Report on sanitation, dispensaries, and jails in Rajputana for 1911, and on vaccination for the year 1911-1912 - 1911-1912
Year: 1911
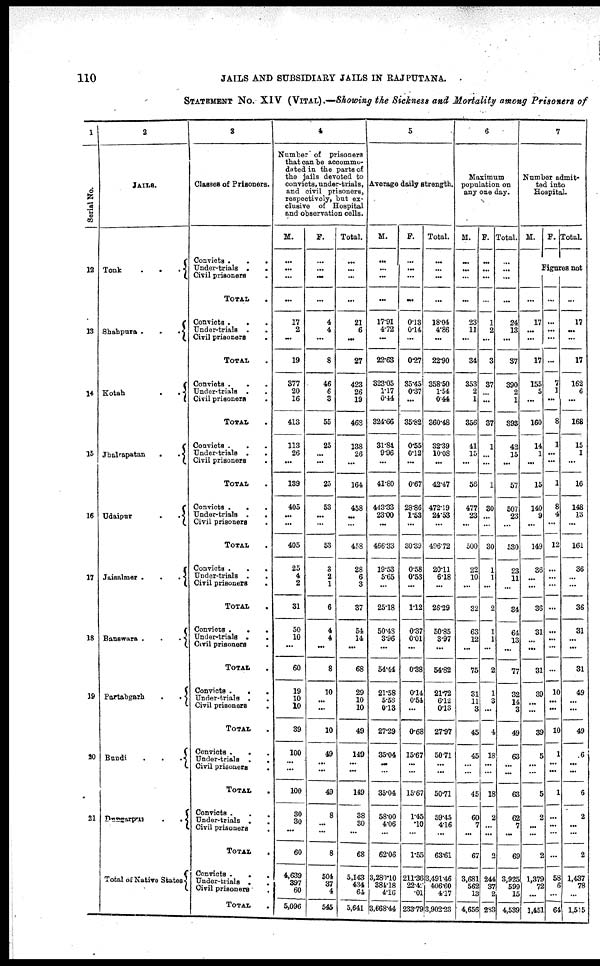
110
JAILS AND SUBSIDIARY JAILS IN RAJPUTANA.
STATEMENT No. XIV (VITAL) .—Showing the Sickness and Mortality among Prisoners of
1
Serial No.
12
13
14
15
16
17
18
19
20
21
2
JAILS.
Tonk
.
.
.
Shahpura .
.
.
Kotah
.
.
Jhalrapatan
.
.
Udaipur
.
.
Jaisalmer .
.
.
Banswara .
.
.
Partabgarh
.
.
Bundi
.
.
.
Dungarpur
.
.
Total of Native States
3
Classes of Prisoners.
Convicts .
.
.
Under-trials .
.
Civil prisoners .
TOTAL .
Convicts .
.
Under-trials .
.
Civil priaoners
.
TOTAL .
Convicts .
.
Under-trials . .
Civil prisoners .
TOTAL .
Convicts .
.
Under-trials .
.
Civil prisoners.
TOTAL .
Convicts . . .
Under-trials . .
Civil prisoners .
TOTAL .
Convicts . . .
Under-trials .
.
Civil prisoners
.
TOTAL .
Convicts .
.
.
Under-trials .
.
Civil prisoners
.
TOTAL .
Convicts .
.
.
Under-trials .
.
Civil prisoners .
TOTAL .
Convicts .
.
.
Under-trials .
.
Civil prisoners .
TOTAL .
Convicts . . .
Under-trials . .
Civil prisoners .
TOTAL .
Convicts .
.
.
Under-trials . .
Civil prisoners .
TOTAL .
4
Number of prisoners
that can be accommo-
dated in the parts of
the jails devoted to
convicts, under-trials,
and civil prisoners,
respectively, but ex-
clusive of Hospital
and observation cells.
M.
...
...
...
...
17
2
...
19
377
20
16
413
113
26
...
139
405
...
...
405
25
4
2
31
50
10
...
60
19
10
10
39
100
...
...
100
30
30
...
60
4,639
397
60
5,096
F.
...
...
...
...
4
4
...
8
46
6
3
55
25
...
...
25
53
...
...
53
3
2
1
6
4
4
...
8
10
...
...
10
49
...
...
49
8
...
...
8
504
37
4
545
Total.
...
...
...
...
21
6
...
27
423
26
19
468
138
26
...
164
458
...
...
458
28
6
3
37
54
14
...
68
29
10
10
49
149
...
...
149
38
30
...
68
5,143
434
64
5,641
5
Average daily strength.
M.
...
...
...
...
17.91
4.72
...
22.63
323.05
1.17
0.44
324.66
31.84
9.96
...
41.80
443.33
23.00
...
466.33
19.53
5.65
...
25.18
50.48
3.96
...
54.44
21.58
5.58
0.13
27.29
35.04
...
...
35.04
58.00
4.06
...
62.06
3,280.10
384.18
4.16
3,668.44
F.
...
...
...
...
0.13
0.14
...
0.27
35.45
0.37
...
35.82
0.55
0.12
...
0.67
28.86
1.53
...
30.39
0.58
0.53
...
1.12
0.37
0.01
...
0.38
0.14
0.54
...
0.68
15.67
...
...
15.67
1.45
.10
...
1.55
211.36
22.42
.01
233.79
Total.
...
...
...
...
18.04
4.86
...
22.90
358.50
1.54
0.44
360.48
32.39
10.08
...
42.47
472.19
24.53
...
496.72
20.11
6.18
...
26.29
50.85
3.97
...
54.82
21.72
6.12
0.13
27.97
50.71
...
...
50.71
59.45
4.16
...
63.61
3,491.46
406.60
4.17
3,902.23
6
Maximum
population on
any one day.
M.
...
...
...
...
23
11
...
34
353
2
1
356
41
15
...
56
477
23
...
500
22
10
...
32
63
12
...
75
31
11
3
45
45
...
...
45
60
7
...
67
3,681
562
13
4,656
F.
...
...
...
...
1
2
...
3
37
...
...
37
1
...
...
1
30
...
...
30
1
1
...
2
1
1
...
2
1
3
...
4
18
...
...
18
2
...
...
2
244
37
2
283
Total.
...
...
...
...
24
13
...
37
390
2
1
393
42
15
...
57
507
23
...
530
23
11
...
34
64
13
...
77
32
14
3
49
63
...
...
63
62
7
...
69
3,925
599
15
4,539
7
Number admit-
ted into
Hospital.
M.
F. Total.
Figures not
...
17
...
...
17
155
5
...
160
14
1
...
15
140
9
...
149
36
...
...
36
31
...
...
31
39
...
...
39
5
...
...
5
2
...
...
2
1,379
72
...
1,451
...
...
...
...
...
7
1 ...
8
1
...
...
1
8
4
...
12
...
...
...
...
...
...
...
...
10
...
...
10
1
...
...
1
...
...
...
...
58
6
...
64
...
17
...
...
17
162
6
...
168
15
16
148
13
...
161
36
...
...
36
31
...
...
31
49
...
...
49
6
...
...
6
2
...
...
2
1,437
78
...
1,515